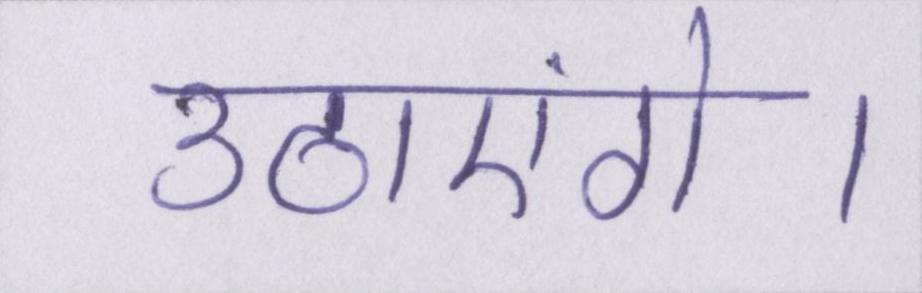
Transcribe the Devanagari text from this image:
उठाएंगे।